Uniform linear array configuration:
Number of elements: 64
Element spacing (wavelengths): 0.25
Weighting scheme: hann
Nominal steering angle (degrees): -15
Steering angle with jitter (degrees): -16.168
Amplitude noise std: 0.05
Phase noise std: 0.05

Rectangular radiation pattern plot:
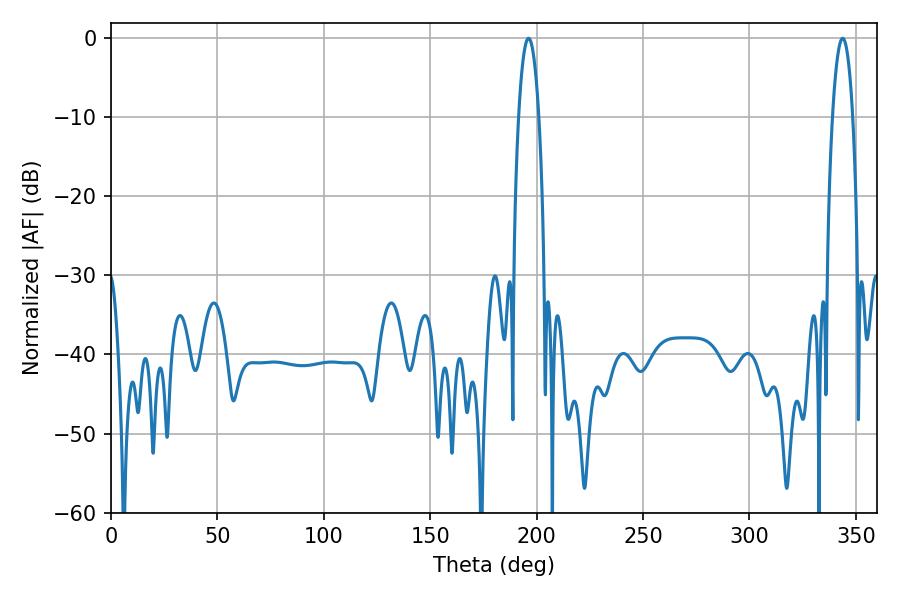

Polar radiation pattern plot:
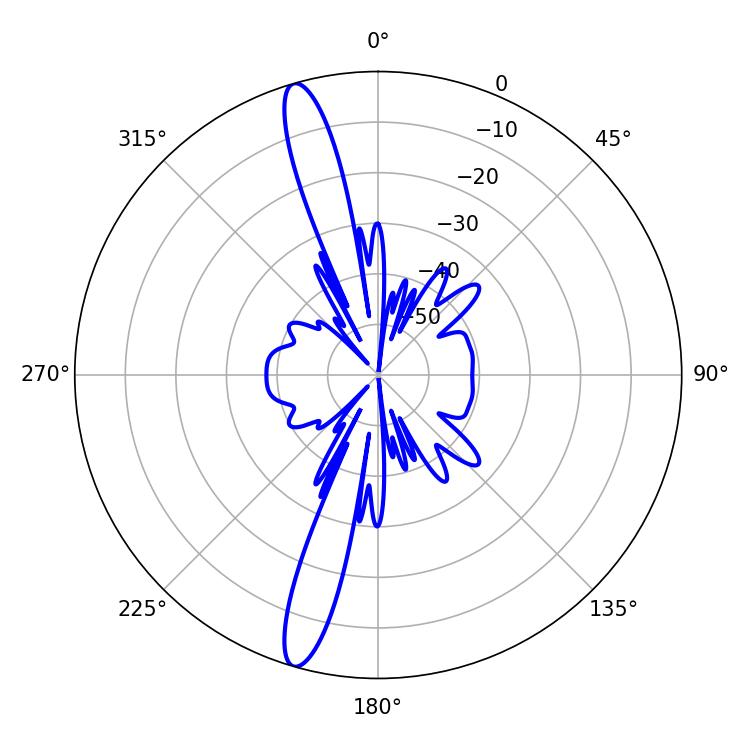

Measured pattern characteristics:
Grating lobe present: FALSE
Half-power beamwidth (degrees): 5.4
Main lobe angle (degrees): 343.8